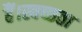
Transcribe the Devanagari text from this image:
हैं।स्वच्छता